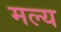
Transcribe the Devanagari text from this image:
मल्य